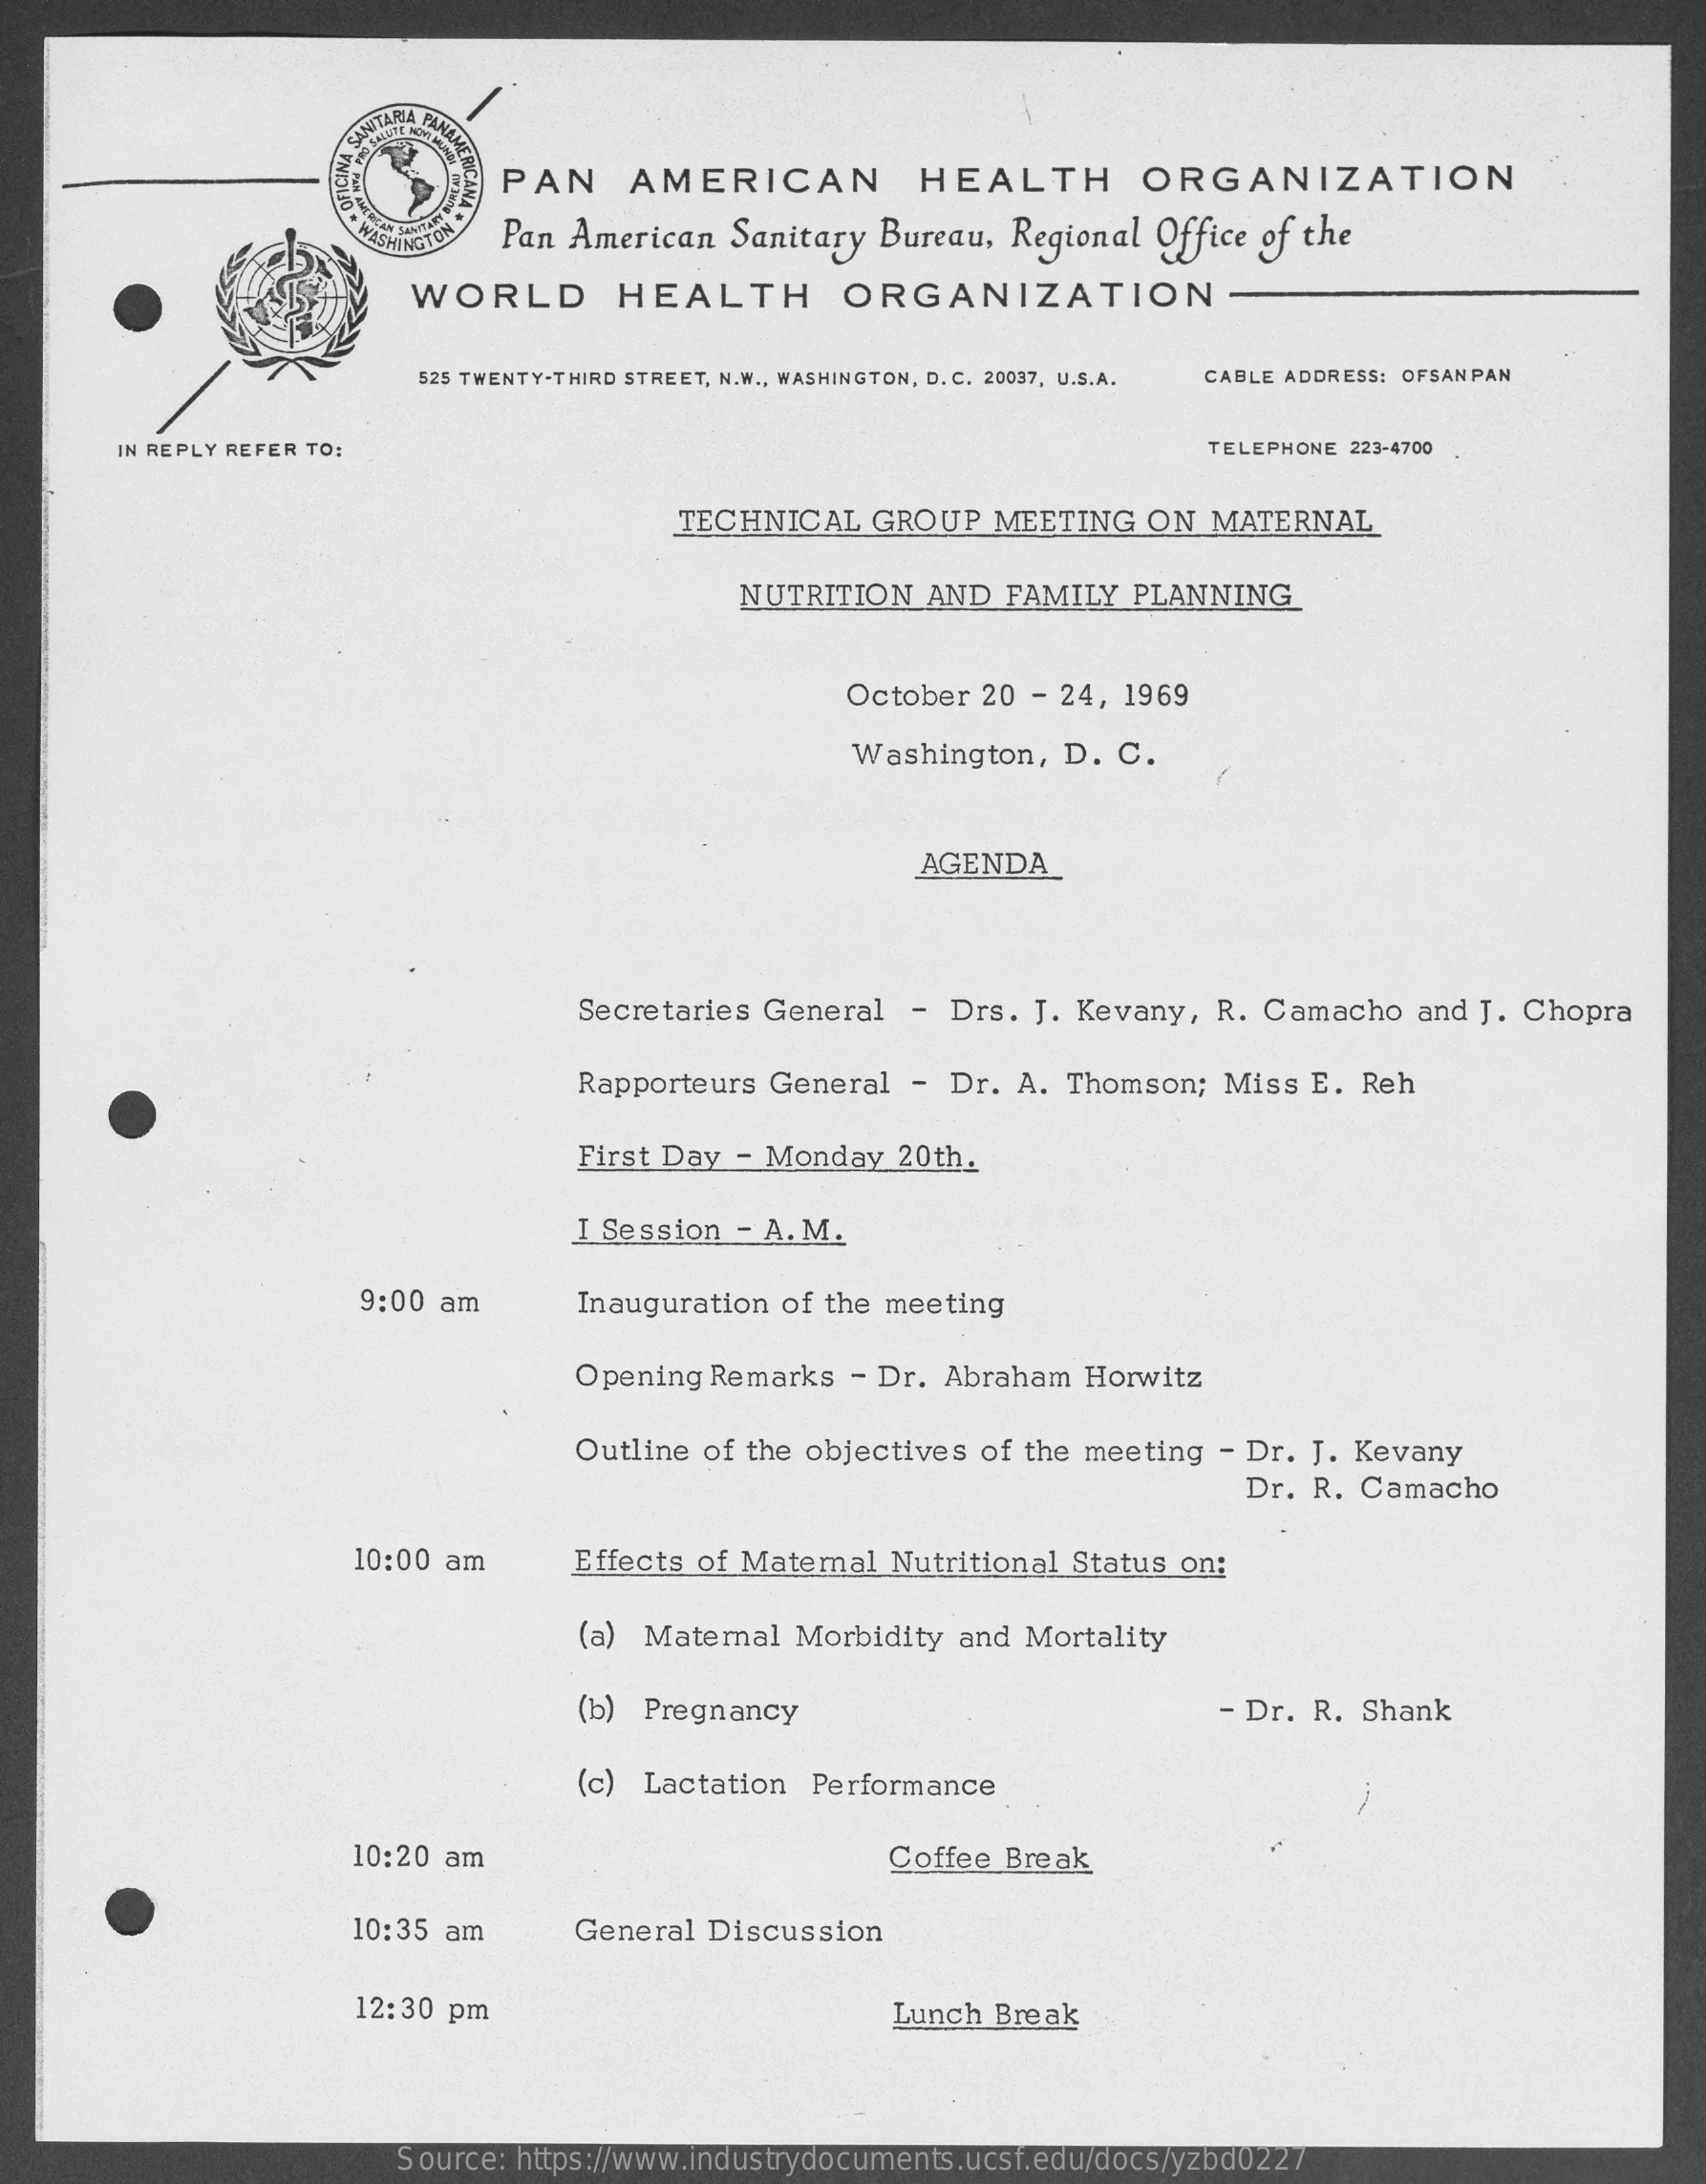
PAN    AMERICAN    HEALTH    ORGANIZATION
     Pan  American   Sanitary  Bureau,  Regional  Office of the
     WORLD    HEALTH    ORGANIZATION
     525 TWENTY-THIRD STREET, N.W ., WASHINGTON, D. C. 20037, U.S.A. CABLE ADDRESS: OFSANPAN
     IN REPLY REFER TO:    TELEPHONE 223-4700
     TECHNICAL    GROUP   MEETING    ON  MATERNAL
     NUTRITION    AND  FAMILY   PLANNING
     October  20  - 24, 1969
     Washington,   D.  C.
     AGENDA
     Secretaries General    - Drs.  J. Kevany,  R.  Camacho   and  J. Chopra
     Rapporteurs  General   - Dr.  A. Thomson;   Miss  E. Reh
     First Day  - Monday   20th.
     I Session  - A. M.
     9:00 am    Inauguration  of the meeting
     Opening  Remarks   - Dr. Abraham   Horwitz
     Outline of the objectives  of the meeting   - Dr. J. Kevany
     Dr. R. Camacho
     10:00 am    Effects of Maternal  Nutritional  Status on;
     (a) Maternal  Morbidity   and Mortality
     (b) Pregnancy    - Dr. R. Shank
     (c) Lactation   Performance
     10:20  am    Coffee  Break
     10:35 am    General  Discussion
     12:30 pm    Lunch  Break
     Source: https://www.industrydocuments.ucsf.edu/docs/yzbd0227